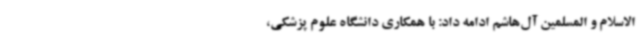
الاسلام و المسلمین آل‌هاشم ادامه داد: با همکاری دانشگاه علوم پزشکی،